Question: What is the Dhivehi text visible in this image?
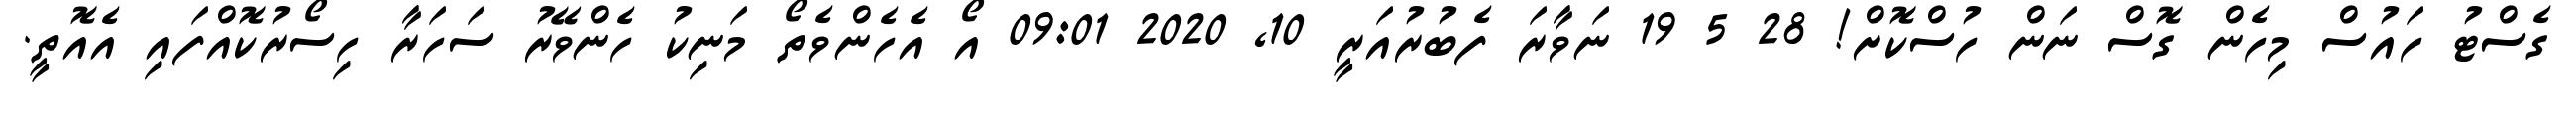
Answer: ގެސްޓު ހައުސް މިހެން ގޮސް ނަން ހުސްކޮށް! 28 5 19 ނަވާރަ ފެބުރުއަރީ 10, 2020 09:01 އޯ އެހެންވެތޯ މަނިކު ހެންވޭރު ސަހަރާ ހިސޯރުކޮއްފައި އެއޮތީ.